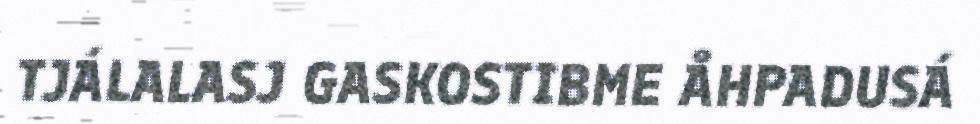
TJÁLALASJ GASKOSTIBME ÅHPADUSÁ